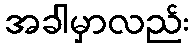
အခါမှာလည်း